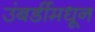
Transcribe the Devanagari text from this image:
उंबर्डीमधून